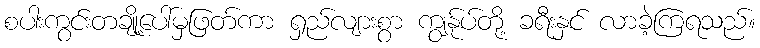
စပါးကွင်းတချို့ပေါ်မှဖြတ်ကာ ရှည်လျားစွာ ကျွန်ုပ်တို့ ခရီးနှင် လာခဲ့ကြရသည်။